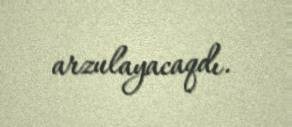
arzulayacaqdı.